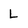
Character: L